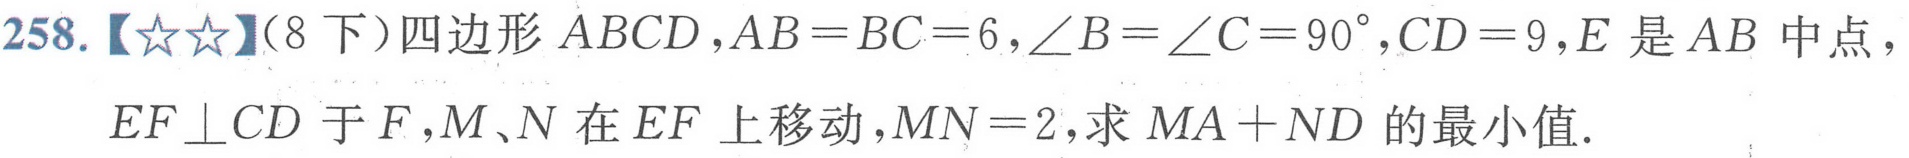
258.【★★】（8下）四边形 \(ABCD\)，\(AB = BC = 6\)，\(\angle B=\angle C = 90^{\circ}\)，\(CD = 9\)，\(E\) 是 \(AB\) 中点，
\(EF\perp CD\) 于 \(F\)，\(M\)、\(N\) 在 \(EF\) 上移动，\(MN = 2\)，求 \(MA + ND\) 的最小值.